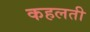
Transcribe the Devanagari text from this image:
कहलती